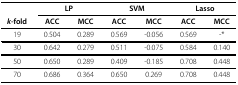
<table><thead><tr><td></td><td colspan="2"><b>LP</b></td><td colspan="2"><b>SVM</b></td><td colspan="2"><b>Lasso</b></td></tr><tr><td><b><i>k</i>-fold</b></td><td><b>ACC</b></td><td><b>MCC</b></td><td><b>ACC</b></td><td><b>MCC</b></td><td><b>ACC</b></td><td><b>MCC</b></td></tr></thead><tbody><tr><td>19</td><td>0.504</td><td>0.289</td><td>0.569</td><td>-0.056</td><td>0.569</td><td>-*</td></tr><tr><td>30</td><td>0.642</td><td>0.279</td><td>0.511</td><td>-0.075</td><td>0.584</td><td>0.140</td></tr><tr><td>50</td><td>0.650</td><td>0.289</td><td>0.409</td><td>-0.185</td><td>0.708</td><td>0.448</td></tr><tr><td>70</td><td>0.686</td><td>0.364</td><td>0.650</td><td>0.269</td><td>0.708</td><td>0.448</td></tr></tbody></table>